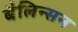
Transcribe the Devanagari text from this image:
बैलिन्सन